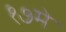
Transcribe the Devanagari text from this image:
१७मे